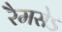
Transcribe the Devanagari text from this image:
रैमसेऽ